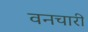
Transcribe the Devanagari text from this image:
वनचारी